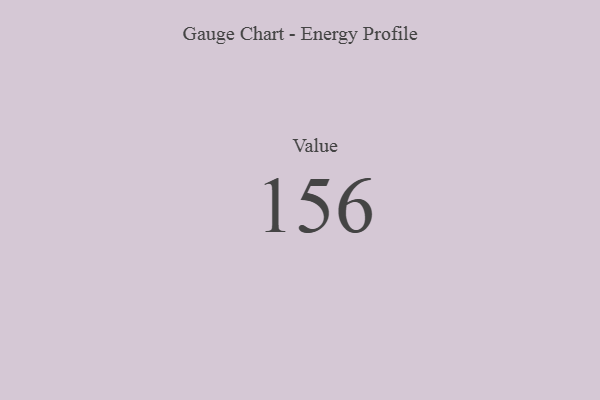
{"axis": {"x": "Metric", "y": "Value"}, "legend": [""], "data": [{"x": "Value", "y": 156, "type": ""}]}